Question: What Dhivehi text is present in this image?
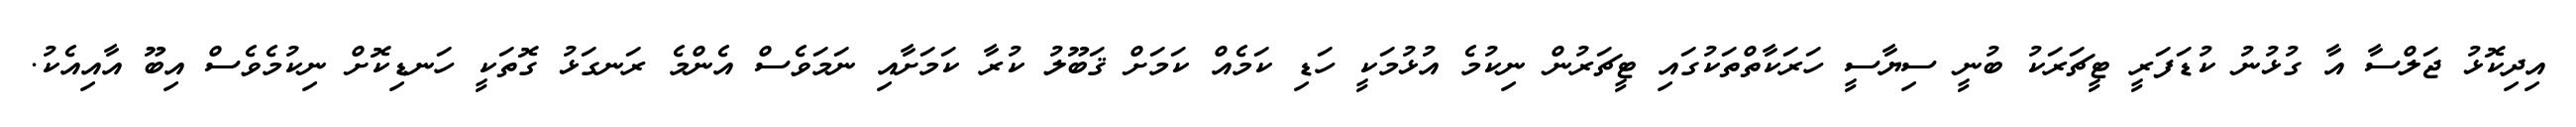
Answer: އިދިކޮޅު ޖަލްސާ އާ ގުޅުނު ކުޑަފަރީ ޓީޗަރަކު ބުނީ ސިޔާސީ ހަރަކާތްތަކުގައި ޓީޗަރުން ނިކުމެ އުޅުމަކީ ހަޑި ކަމެއް ކަމަށް ޤަބޫލު ކުރާ ކަމަށާއި ނަމަވެސް އެންމެ ރަނގަޅު ގޮތަކީ ހަނޑިކޮށް ނިކުމެވެސް އިބޫ އާއިއެކު.